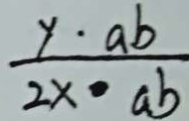
\frac { y \cdot a b } { 2 x \cdot a b }